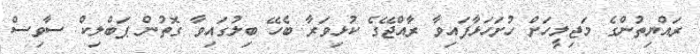
ރައްޔިތުންގެ މަޖިލީހަށް ހުށަހަޅާފައިވާ ރާއްޖޭގެ ކުޅިވަރާ ބެހޭ ބިލުގައިވާ ގޮތުން ޕަބްލިކް ސާވިސް